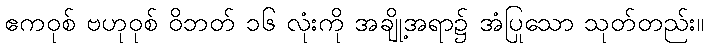
ဧကဝုစ် ဗဟုဝုစ် ဝိဘတ် ၁၆ လုံးကို အချို့အရာ၌ အံပြုသော သုတ်တည်း။